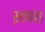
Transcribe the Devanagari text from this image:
ख़ाह